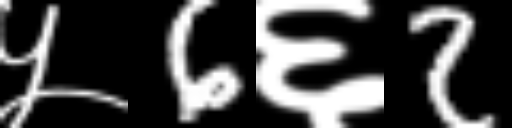
Text: ५6६2